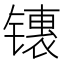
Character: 䦄